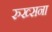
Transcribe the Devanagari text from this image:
रुख्सना